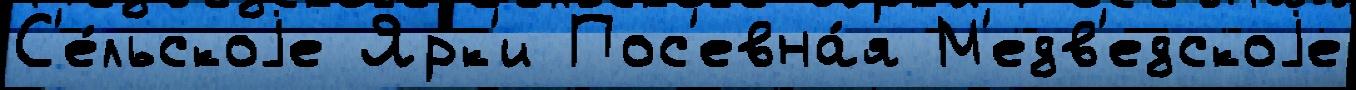
С'е́льскоjе Ярк'и Пос'евна́я М'едв'едскоjе